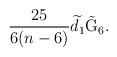
LaTeX: \begin{align*}\frac{25}{6(n-6)}\widetilde{d}_{1}\tilde{{\rm G}}_{6}. \end{align*}